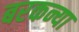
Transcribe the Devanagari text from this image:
बरकन्या